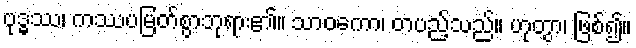
ဗုဒ္ဓဿ၊ ကဿပမြတ်စွာဘုရား၏။ သာဝကော၊ တပည့်သည်။ ဟုတွာ၊ ဖြစ်၍။